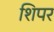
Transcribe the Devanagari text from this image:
शिपर